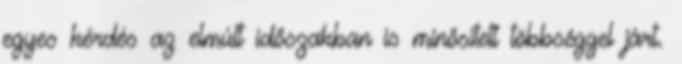
egyes kérdés az elmúlt időszakban is minősített többséggel járt.